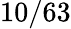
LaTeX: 10/63